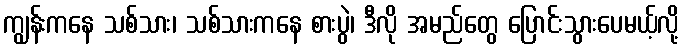
ကျွန်းကနေ သစ်သား၊ သစ်သားကနေ စားပွဲ၊ ဒီလို အမည်တွေ ပြောင်းသွားပေမယ့်လို့